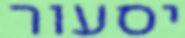
יסעור